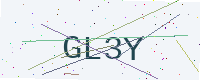
Text: GL3Y